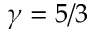
\gamma = 5 / 3